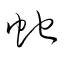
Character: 虵